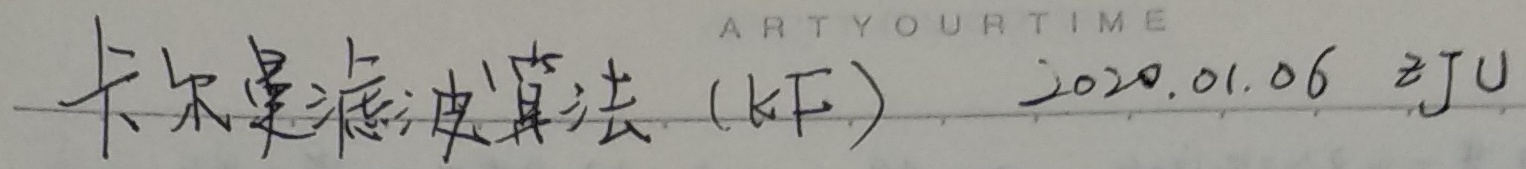
卡尔曼滤波算法（KF） 2020.01.06 ZJUARTYOURTIME